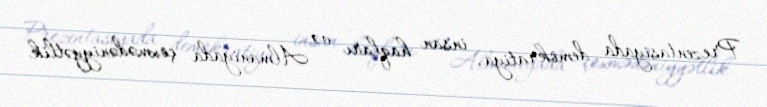
Prezentasiyada demokratiya, insan haqları və Almaniyada çoxmədəniyyətlik